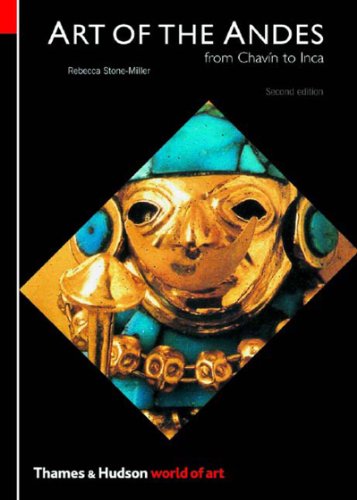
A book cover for Art of the Andes (World of Art); Rebecca Stone-Miller; History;